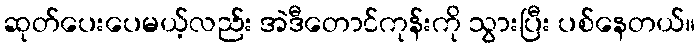
ဆုတ်ပေးပေမယ့်လည်း အဲဒီတောင်ကုန်းကို သွားပြီး ပစ်နေတယ်။